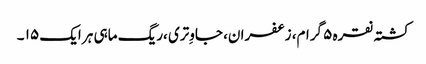
کشتہ نقرہ ۵ گرام، زعفران، جاوِتری ،ریگ ماہی ہر ایک ۱۵ ۔